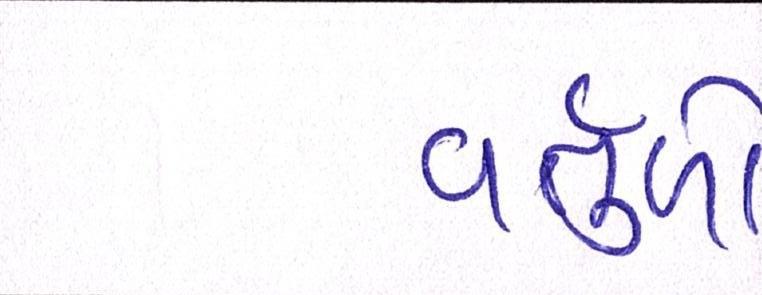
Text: વર્તુળો